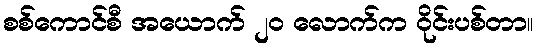
စစ်ကောင်စီ အယောက် ၂၀ လောက်က ဝိုင်းပစ်တာ။